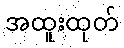
အထူးထုတ်